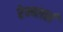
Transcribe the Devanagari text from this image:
रेम्ब्लर्स